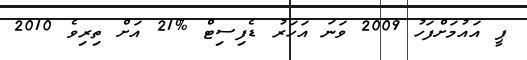
ޕީ އައުމަށްފަހު 2009 ވަނަ އަހަރު ޑެފިސިޓް %21 އަށް ތިރިވެ 2010